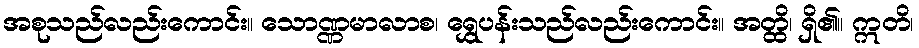
အစုသည်လည်းကောင်း။ သောဏ္ဏမာလာစ၊ ရွှေပန်းသည်လည်းကောင်း။ အတ္ထိ၊ ရှိ၏။ ဣတိ၊